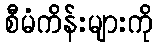
စီမံကိန်းများကို